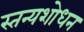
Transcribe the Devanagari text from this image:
स्तन्यशोधन